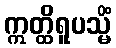
ဣတ္ထိရူပသ္မိံ